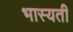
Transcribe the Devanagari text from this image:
भास्यती